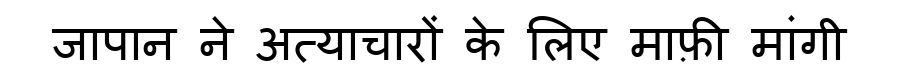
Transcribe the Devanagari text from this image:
जापान ने अत्याचारों के लिए माफ़ी मांगी